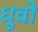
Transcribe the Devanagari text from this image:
धुवो